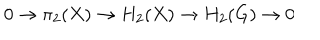
0 \to \pi _ { 2 } ( X ) \to H _ { 2 } ( X ) \to H _ { 2 } ( G ) \to 0